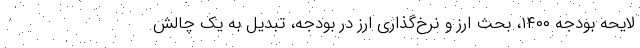
لایحه بودجه ۱۴۰۰، بحث ارز و نرخ‌گذاری ارز در بودجه، تبدیل به یک چالش